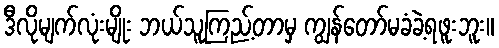
ဒီလိုမျက်လုံးမျိုး ဘယ်သူကြည့်တာမှ ကျွန်တော်မခံခဲ့ရဖူးဘူး။